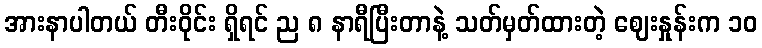
အားနာပါတယ် တီးဝိုင်း ရှိရင် ည ၈ နာရီပြီးတာနဲ့ သတ်မှတ်ထားတဲ့ ဈေးနှုန်းက ၁၀